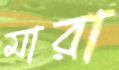
মারা